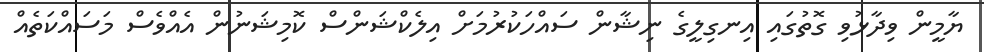
ޔާމީން ވިދާޅުވި ގޮތުގައި އިނގިލީގެ ނިޝާން ސައްހަކުރުމަށް އިލެކްޝަންސް ކޮމިޝަނުން އެއްވެސް މަސައްކަތެއް